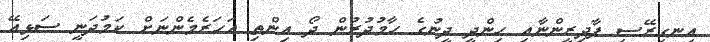
އިނގިރޭސި ފާދިރީންނާއި ހިންދީ ދީނުގެ ހާމުދުރުން ދޯ އިންތި އަހަރެމެންނަށް ކަމުދަނީ ސަޅިއޭ